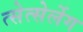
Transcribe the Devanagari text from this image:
त्सेत्सेर्लेग